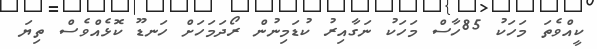
ކީއްވެތަ މަހަކު 85ހާސް މަހަކު ނަގާއިރު ކުޑަމިނުން ރޯދަމަހަށް ހަނޑޫ ކޮޅެއްވެސް ތިޔަ